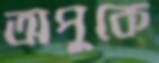
অপুকে